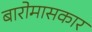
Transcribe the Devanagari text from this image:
बारोमासकार